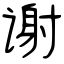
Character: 谢